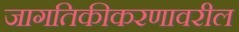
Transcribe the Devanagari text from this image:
जागतिकीकरणावरील